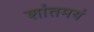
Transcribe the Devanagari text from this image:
शांतमयं